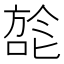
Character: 旕